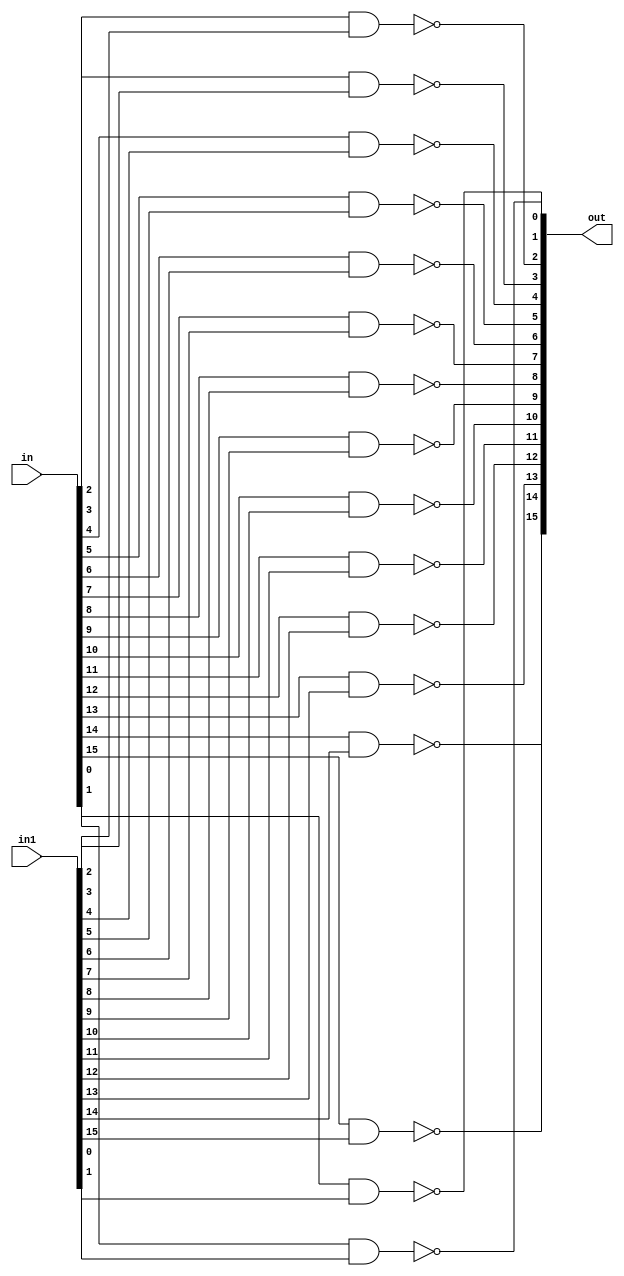
module nand16(in, in1, out);
    
  input [15:0] in; 			//A
  input [15:0] in1; 			//B
  output [15:0] out; 			//C	

		
  nand nand1(out[0],   in[0],  in1[0]),
       nand2(out[1],   in[1],  in1[1]),
       nand3(out[2],   in[2],  in1[2]),
       nand4(out[3],   in[3],  in1[3]),
       nand5(out[4],   in[4],  in1[4]),
       nand6(out[5],   in[5],  in1[5]),
       nand7(out[6],   in[6],  in1[6]),
       nand8(out[7],   in[7],  in1[7]),
       nand9(out[8],   in[8],  in1[8]),
       nand10(out[9],  in[9],  in1[9]),
       nand11(out[10], in[10], in1[10]),
       nand12(out[11], in[11], in1[11]),
       nand13(out[12], in[12], in1[12]),
       nand14(out[13], in[13], in1[13]),
       nand15(out[14], in[14], in1[14]),
       nand16(out[15], in[15], in1[15]);

endmodule